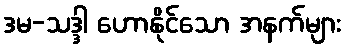
ဒမ-သဒ္ဒါ ဟောနိုင်သော အနက်များ